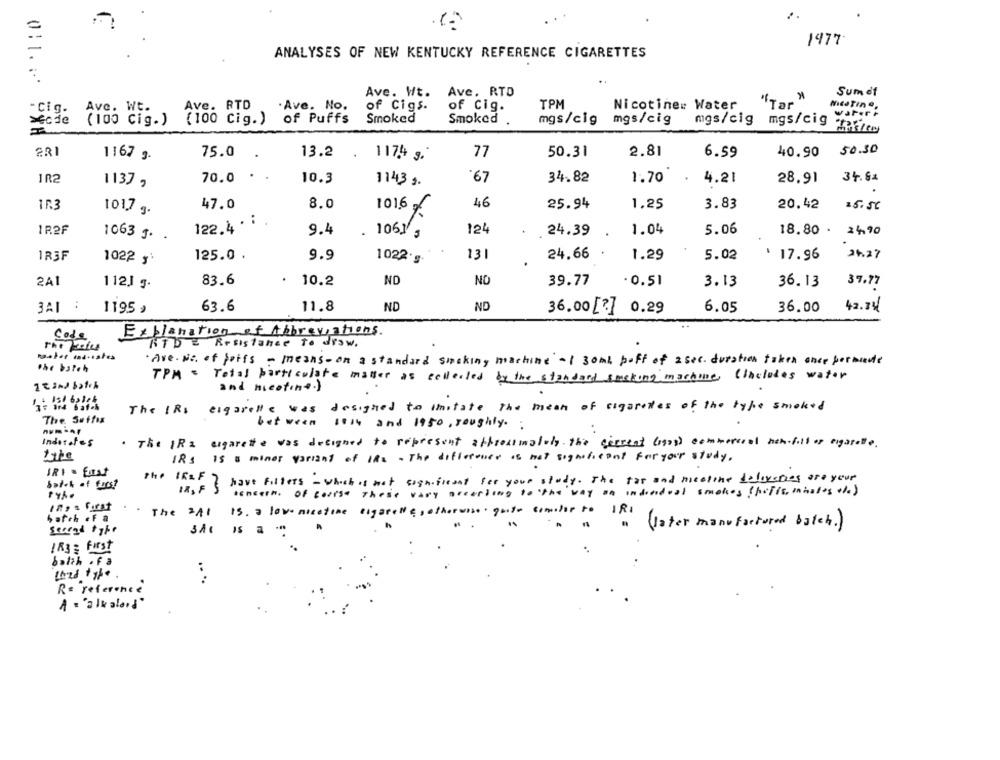
1977
ANALYSES OF NEW KENTUCKY REFERENCE CIGARETTES
0:1.5*
Ave. RTD
Sum of
Ave. Wt.
Ave. RTD
.Ave. No.
of Cigs.
of Cig.
TPM
Nicotine: Water
"Tar"
- Cig.
Ave. Wt.
water +
>Gode
(100 Cig.)
(100 Cig.)
of Puffs
Smoked
Smoked
mgs/cig
mgs/cig
mgs/cig
mgs/cig
2R1
75.0
13.2
77
2.81
40.90
50.30
1167 g.
117,4 g.
50.31
6.59
.
1R2
1137 ,
70.0
10.3
1143.
'67
34.82
1.70
4.21
28.91
34.62
17.3
47.0
8.0
46
25.94
1,25
3.83
20,42
101,7 g.
1016
16. 56
122.4 . :
1R2F
9.4
1061 ,
124
24.39 .
1.04
5.06
18.80 .
24,90
1063 J. .
.
1R3F
125.0 .
9.9
1022 g
131
24.66
.
1.29
5.02
17.96
24.27
1022 ,
2A1
83.6
.
ND
NO
- 0.51
112.J .
10.2
39.77
3.13
36.13
37.77
:
3AI
1195 ,
63.6
11.8
ND
ND
36.00 [?] 0.29
6.05
36.00
42.34
Explanation of Abbreviations.
Code
RTDE Resistance To disw.
master .... ates
·Ave. No. of juifs - means- on a standard smacking machine -1 30ml poff of 2sec. duration taken once perminute
the batch
TPM = Total particulate master as collected by the standard amekong machine, (includes water
and meeting.)
The IRs
cigarette was
designed to imitate the mean of cigarettes of the type smoked
The. Suffix
between
1014 and 1950, roughly ..
· The IRa cigarette was designed to represent approximately. The current (gas) commercial sich.fill of egatedie.
Indosates
the
IRS Is a minor variant of the - The difference is not significant for your study.
the IKLF
have fillers - which is not significant fer your study. The tas and meeting dallysties are your
Sat-k of fars?
the
IR, F S
beneath. of course These vary according to the way an individual smokes (polis, inhales of)
..
batch eF a
The ZA1
15. a lowe nicotine cigarette, otherwise quite comitor to IRI
quite comchor to IRI
second type
SAC is a
" ( later manufactured batch . )
IR3 ; First
batch of a
.. ..
R= reference
A = "alkaloid"